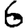
Digit: 6